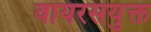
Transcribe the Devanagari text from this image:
वायरसयुक्त